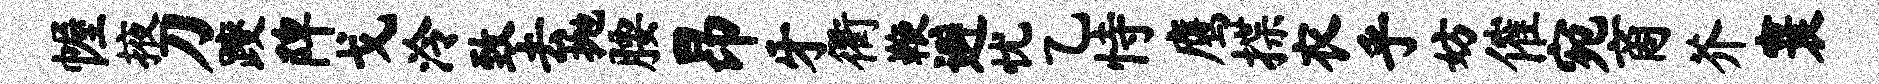
幄掖刀躞陴戈泠致去抛腰昂牙衢鞭避忧乙恃鹰揲衣乎妨催宛商芥寰